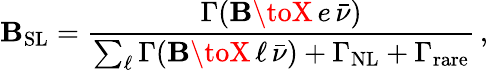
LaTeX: \mathbf{B}_{\mathrm{{SL}}}={\frac{{\Gamma(\mathbf{B}\toX\, e\, \bar{{\nu}})}}{{\sum_{\ell}\Gamma(\mathbf{B}\toX\, \ell\, \bar{{\nu}})+\Gamma_{\mathrm{{NL}}}+\Gamma_{\mathrm{{rare}}}}}}\, ,